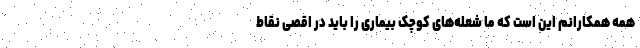
همه همکارانم این است که ما شعله‌های کوچک بیماری را باید در اقصی نقاط